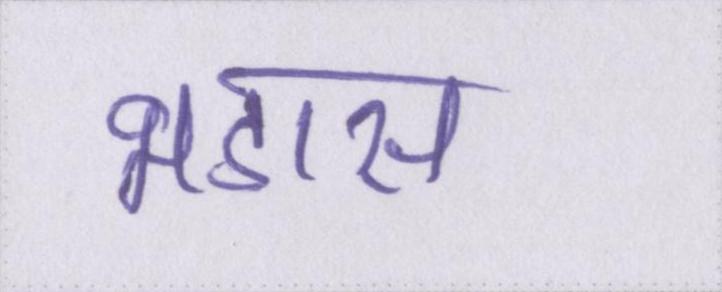
भडास